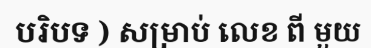
បរិបទ ) សម្រាប់ លេខ ពី មួយ